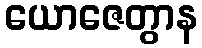
ယောဇေတွာန